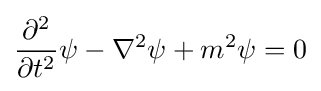
{\frac {\partial ^{2}}{\partial t^{2}}}\psi -\nabla ^{2}\psi +m^{2}\psi =0